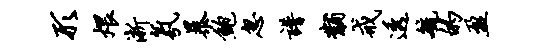
形煨淅氛暴鲍忽谱黼戒透毓的盈